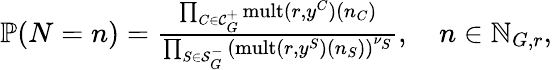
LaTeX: \begin{array}{r}{\mathbb{P}(N=n)=\frac{\prod_{C\in\mathcal{C}_{G}^{+}}\operatorname{mult}(r,y^{C})(n_{C})}{\prod_{S\in\mathcal{S}_{G}^{-}}\left(\operatorname{mult}(r,y^{S})(n_{S})\right)^{\nu_{S}}},\quad n\in\mathbb N_{G,r},}\end{array}